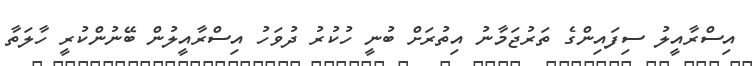
އިސްރާއީލު ސިފައިންގެ ތަރުޖަމާނު އިތުރަށް ބުނީ ހުކުރު ދުވަހު އިސްރާއީލުން ބޭނުންކުރީ ހާލަތާ